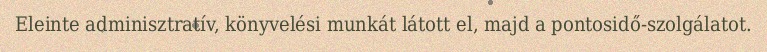
Eleinte adminisztratív, könyvelési munkát látott el, majd a pontosidő-szolgálatot.